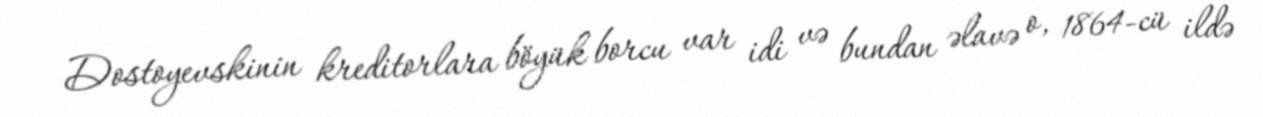
Dostoyevskinin kreditorlara böyük borcu var idi və bundan əlavə o, 1864-cü ildə